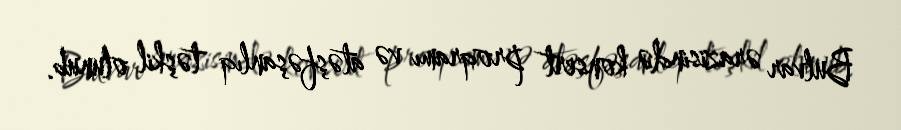
Bulvar ərazisində konsert proqramı və atəşfəşanlıq təşkil olunub.